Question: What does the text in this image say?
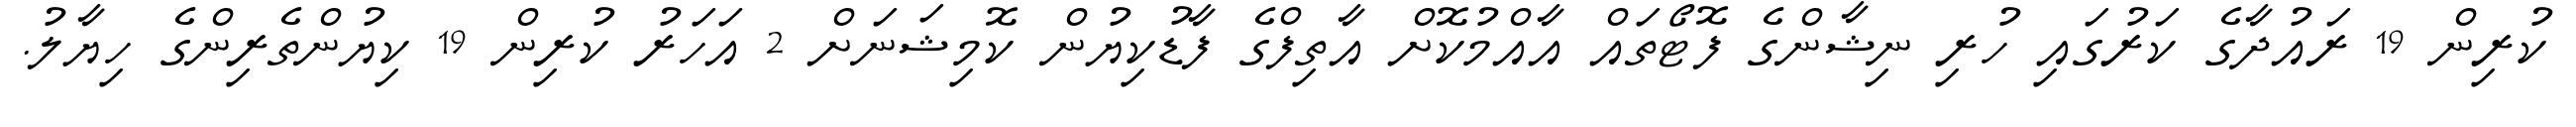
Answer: ކުރިން 19 ރައުދާގެ ކަރުގައި ހުރި ނިޝާންގެ ފޮޓޯތައް އާއްމުކޮށް އާތިފްގެ ފާޑުކިޔުން ކޮމިޝަނަށް 2 އަހަރު ކުރިން 19 ކިޔުންތެރިންގެ ހިޔާލު.